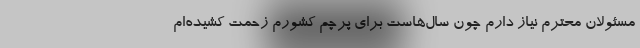
مسئولان محترم نیاز دارم چون سال‌هاست برای پرچم کشورم زحمت کشیده‌ام